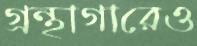
গ্রন্থাগারেও